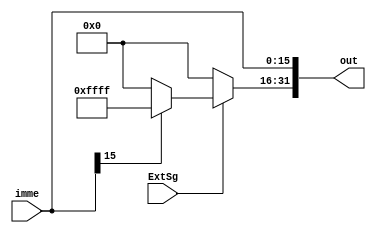
`timescale 1ns / 1ps
module Extend
(
    input [15:0] imme,
    input ExtSg,
    output [31:0] out
);
    assign out[15:0] = imme;  
    assign out[31:16] = ExtSg? (imme[15]? 16'hffff : 16'h0000) : 16'h0000; 
endmodule